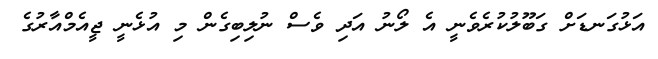
އަޅުގަނޑަށް ގަބޫލުކުރެވެނީ އެ ލޯނު އަދި ވެސް ނުލިބިގެން މި އުޅެނީ ޖީއެމްއާރުގެ